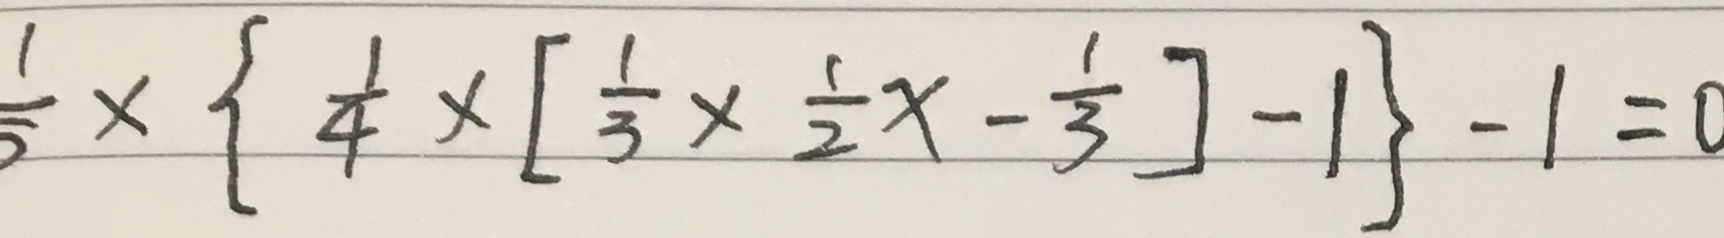
\frac { 1 } { 5 } \times [ \frac { 1 } { 4 } \times [ \frac { 1 } { 3 } \times \frac { 1 } { 2 } x - \frac { 1 } { 3 } ] - 1 \} - 1 = 0